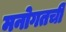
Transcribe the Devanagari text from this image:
मनोगतची